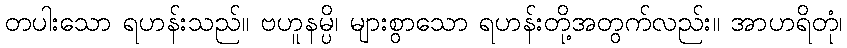
တပါးသော ရဟန်းသည်။ ဗဟူနမ္ပိ၊ များစွာသော ရဟန်းတို့အတွက်လည်း။ အာဟရိတုံ၊